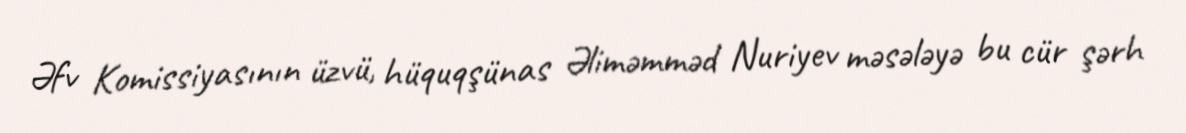
Əfv Komissiyasının üzvü, hüquqşünas Əliməmməd Nuriyev məsələyə bu cür şərh